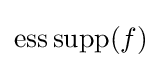
\operatorname {ess\,supp} (f)